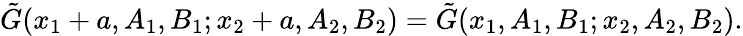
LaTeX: \tilde{G}(x_{1}+a,A_{1},B_{1};x_{2}+a,A_{2},B_{2})=\tilde{G}(x_{1},A_{1},B_{1};x_{2},A_{2},B_{2}).